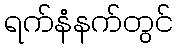
ရက်နံနက်တွင်